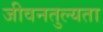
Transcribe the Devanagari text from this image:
जीवनतुल्यता